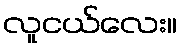
လူငယ်လေး။